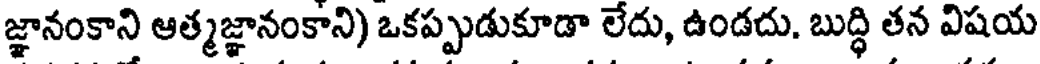
జ్ఞానంకాని ఆత్మజ్ఞానంకాని) ఒకప్పుడుకూడా లేదు, ఉండదు. బుద్ధి తన విషయ